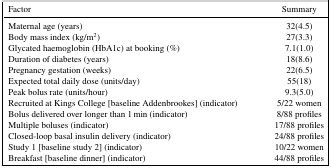
<table><thead><tr><td><b>Factor</b></td><td><b>Summary</b></td></tr></thead><tbody><tr><td>Maternal age (years)</td><td>32(4.5)</td></tr><tr><td>Body mass index (kg/m<sup>2</sup>)</td><td>27(3.3)</td></tr><tr><td>Glycated haemoglobin (HbA1c) at booking (%)</td><td>7.1(1.0)</td></tr><tr><td>Duration of diabetes (years)</td><td>18(8.6)</td></tr><tr><td>Pregnancy gestation (weeks)</td><td>22(6.5)</td></tr><tr><td>Expected total daily dose (units/day)</td><td>55(18)</td></tr><tr><td>Peak bolus rate (units/hour)</td><td>9.3(5.0)</td></tr><tr><td>Recruited at Kings College [baseline Addenbrookes] (indicator)</td><td>5/22 women</td></tr><tr><td>Bolus delivered over longer than 1min (indicator)</td><td>8/88 profiles</td></tr><tr><td>Multiple boluses (indicator)</td><td>17/88 profiles</td></tr><tr><td>Closed‐loop basal insulin delivery (indicator)</td><td>24/88 profiles</td></tr><tr><td>Study 1 [baseline study 2] (indicator)</td><td>10/22 women</td></tr><tr><td>Breakfast [baseline dinner] (indicator)</td><td>44/88 profiles</td></tr></tbody></table>